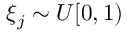
\xi _ { j } \sim U [ 0 , 1 )